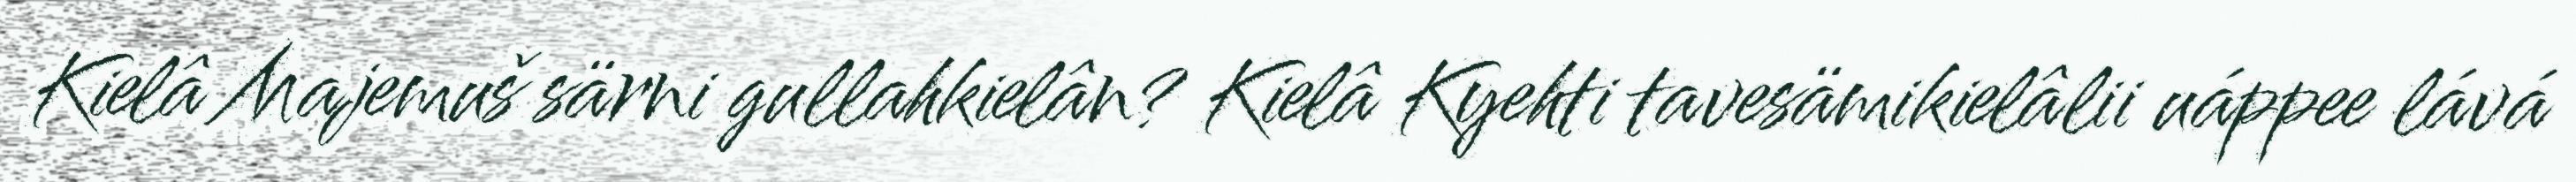
Kielâ Majemuš särni gullahkielân? Kielâ Kyehti tavesämikielâlii uáppee lává